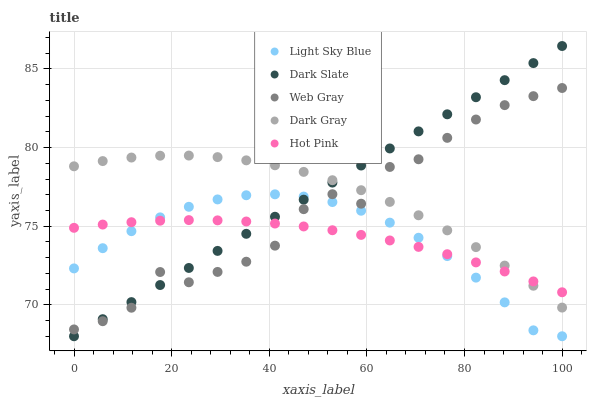
| xaxis_label | Light Sky Blue | Dark Slate | Web Gray | Dark Gray | Hot Pink |
 | --- | --- | --- | --- | --- | --- |
 | 0 | 72.3 | 68 | 68.4 | 78.8 | 74.9 |
 | 5.88 | 73.6 | 69.1 | 69 | 79.1 | 75.1 |
 | 11.8 | 74.7 | 70.2 | 69.8 | 79.4 | 75.3 |
 | 17.6 | 75.6 | 71.3 | 72.1 | 79.5 | 75.4 |
 | 23.5 | 76.2 | 72.3 | 71.4 | 79.5 | 75.4 |
 | 29.4 | 76.7 | 73.4 | 72.1 | 79.4 | 75.4 |
 | 35.3 | 77 | 74.5 | 72.7 | 79.2 | 75.3 |
 | 41.2 | 77 | 75.6 | 73.8 | 78.9 | 75.2 |
 | 47.1 | 76.9 | 76.7 | 76.1 | 78.5 | 75 |
 | 52.9 | 76.5 | 77.8 | 77 | 77.9 | 74.7 |
 | 58.8 | 76 | 78.9 | 76.4 | 77.3 | 74.4 |
 | 64.7 | 75.2 | 79.9 | 78.8 | 76.5 | 74.1 |
 | 70.6 | 74.3 | 81 | 79.3 | 75.7 | 73.7 |
 | 76.5 | 73.1 | 82.1 | 80.6 | 74.7 | 73.2 |
 | 82.4 | 71.7 | 83.2 | 81.8 | 73.7 | 72.7 |
 | 88.2 | 70.2 | 84.3 | 82.7 | 72.5 | 72.1 |
 | 94.1 | 68.4 | 85.4 | 83.3 | 71.2 | 71.5 |
 | 100 | 68 | 86.5 | 83.8 | 69.8 | 70.8 |